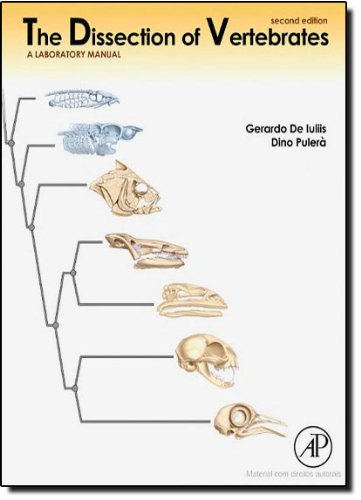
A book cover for The Dissection of Vertebrates, Second Edition; Gerardo De Iuliis; Medical Books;